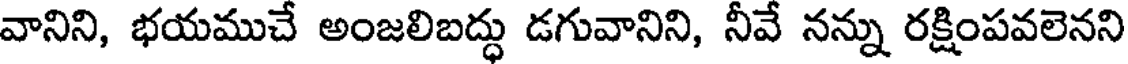
వానిని, భయముచే అంజలిబద్ధు డగువానిని, నీవే నన్ను రక్షింపవలెనని